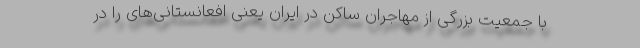
با جمعیت بزرگی از مهاجران ساکن در ایران یعنی افعانستانی‌های را در